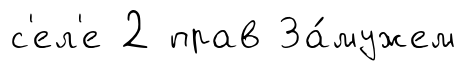
с'ел'е 2 прав За́мужем